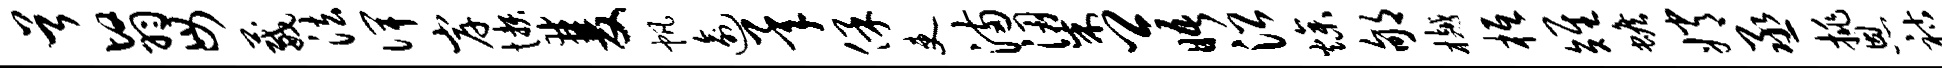
首翳毋葳法俾岸懒双帆逾承保吏满梁卿晤沿燥郇樾柢雉蟾嫦丞挑恩祜